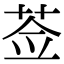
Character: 莶